Plague in India, 1896, 1897 - Volume 1
Year: 1896
Disease focus: Plague
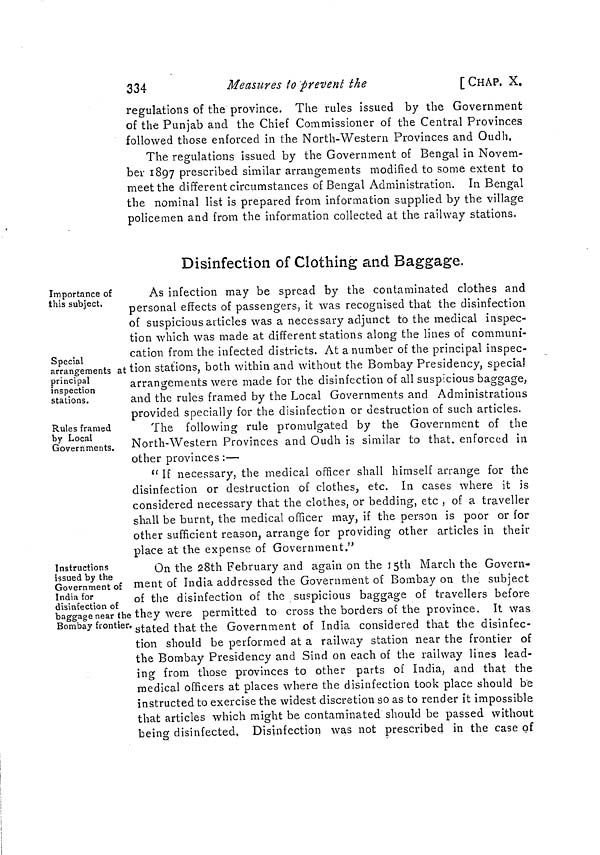
334
Measures to prevent the
[CHAP. X.
regulations of the province. The rules issued by the Government
of the Punjab and the Chief Commissioner of the Central Provinces
followed those enforced in the North-Western Provinces and Oudh,
The regulations issued by the Government of Bengal in Novem-
ber 1897 prescribed similar arrangements modified to some extent to
meet the different circumstances of Bengal Administration. In Bengal
the nominal list is prepared from information supplied by the village
policemen and from the information collected at the railway stations.
Disinfection of Clothing and Baggage.
Importance of
this subject.
Special
arrangements at
principal
inspection
stations.
As infection may be spread by the contaminated clothes and
personal effects of passengers, it was recognised that the disinfection
of suspicious articles was a necessary adjunct to the medical inspec-
tion which was made at different stations along the lines of communi-
cation from the infected districts. At a number of the principal inspec-
tion stations, both within and without the Bombay Presidency, special
arrangements were made for the disinfection of all suspicious baggage,
and the rules framed by the Local Governments and Administrations
provided specially for the disinfection or destruction of such articles.
Rules framed
by Local
Governments.
The following rule promulgated by the Government of the
North-Western Provinces and Oudh is similar to that. enforced in
other provinces :—
" If necessary, the medical officer shall himself arrange for the
disinfection or destruction of clothes, etc. In cases where it is
considered necessary that the clothes, or bedding, etc , of a traveller
shall be burnt, the medical officer may, if the person is poor or for
other sufficient reason, arrange for providing other articles in their
place at the expense of Government."
Instructions
issued by the
Government of
India for
disinfection of
baggage near the
Bombay frontier.
On the 28th February and again on the 15th March the Govern-
ment of India addressed the Government of Bombay on the subject
of the disinfection of the suspicious baggage of travellers before
they were permitted to cross the borders of the province. It was
stated that the Government of India considered that the disinfec-
tion should be performed at a railway station near the frontier of
the Bombay Presidency and Sind on each of the railway lines lead-
ing from those provinces to other parts of India, and that the
medical officers at places where the disinfection took place should be
instructed to exercise the widest discretion so as to render it impossible
that articles which might be contaminated should be passed without
being disinfected. Disinfection was not prescribed in the case of